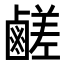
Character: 鹺